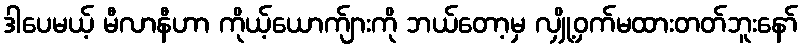
ဒါပေမယ့် မီလာနီဟာ ကိုယ့်ယောက်ျားကို ဘယ်တော့မှ လျှို့ဝှက်မထားတတ်ဘူးနော်